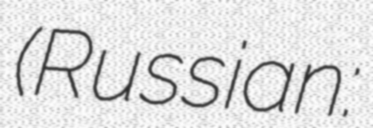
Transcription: (Russian: